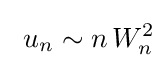
\ u_{n}\sim n\,W_{n}^{2}